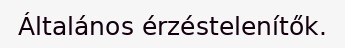
Általános érzéstelenítők.